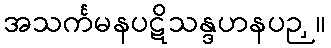
အသင်္ကမနပဋိသန္ဒဟနပဉှ။